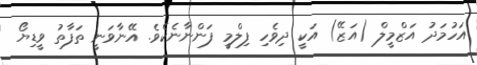
އަހުމަދު އަޒްމީލް (އަޒޭ) އަކީ ދިވެހި ފިލްމީ ފަންނާނެކެވެ. އޭނާވަނީ ތަފާތު ވީޑިޔޯ